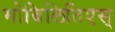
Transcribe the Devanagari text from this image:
मोबिलितिएस्